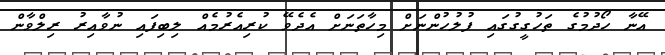
އޭނާ ހޯދުމުގެ ތަހުގީގުގައި ފުލުހުންނަށް މިހާތަނަށް އެދެވޭ ކުރިއެރުމެއް ލިބިފައި ނުވާއިރު ރިލްވާން